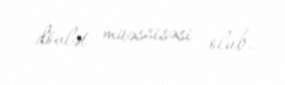
dövlət müəssisəsi olub.